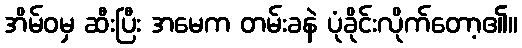
အိမ်ဝမှ ဆီးပြီး အမေက တမ်းခနဲ ပုံခိုင်းလိုက်တော့၏။